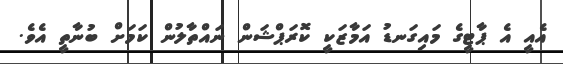
އެއީ އެ ޕާޓީގެ މައިގަނޑު އަމާޒަކީ ކޮރަޕްޝަން ނައްތާލުން ކަމަށް ބުނާތީ އެވެ.